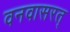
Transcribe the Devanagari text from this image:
वनवासरत्